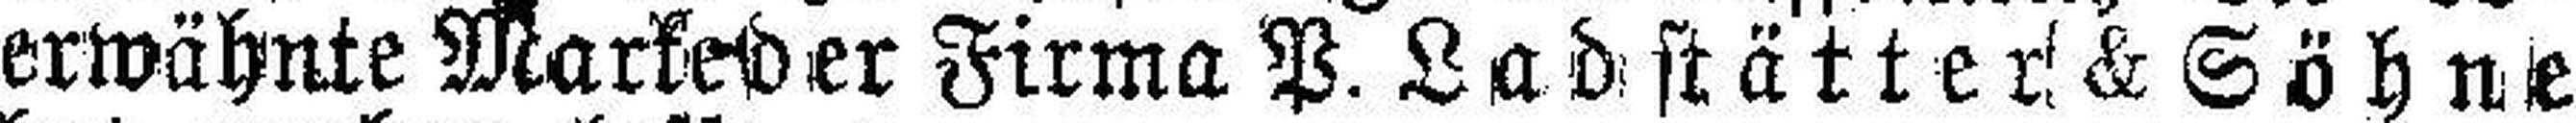
erwähnte Markeder Firma P. Ladstätter & Söhne